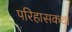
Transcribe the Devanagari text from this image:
परिहासकथा